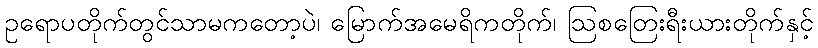
ဥရောပတိုက်တွင်သာမကတော့ပဲ၊ မြောက်အမေရိကတိုက်၊ ဩစတြေးရီးယားတိုက်နှင့်